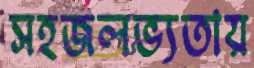
সহজলভ্যতায়